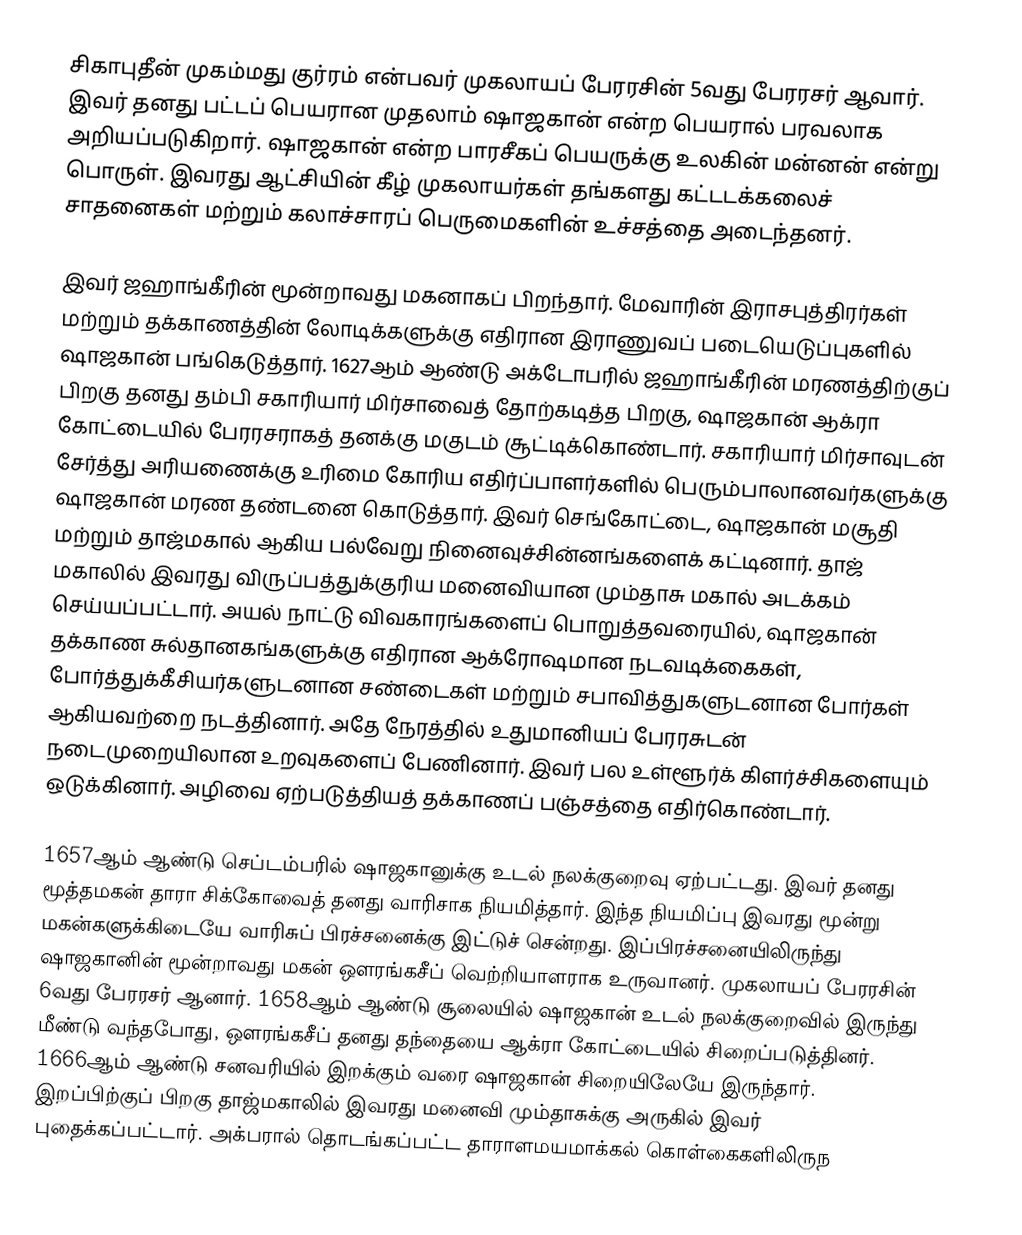
சிகாபுதீன் முகம்மது குர்ரம் என்பவர் முகலாயப் பேரரசின் 5வது பேரரசர் ஆவார். இவர் தனது பட்டப் பெயரான முதலாம் ஷாஜகான் என்ற பெயரால் பரவலாக அறியப்படுகிறார். ஷாஜகான் என்ற பாரசீகப் பெயருக்கு உலகின் மன்னன் என்று பொருள். இவரது ஆட்சியின் கீழ் முகலாயர்கள் தங்களது கட்டடக்கலைச் சாதனைகள் மற்றும் கலாச்சாரப் பெருமைகளின் உச்சத்தை அடைந்தனர்.

இவர் ஜஹாங்கீரின் மூன்றாவது மகனாகப் பிறந்தார். மேவாரின் இராசபுத்திரர்கள் மற்றும் தக்காணத்தின் லோடிக்களுக்கு எதிரான இராணுவப் படையெடுப்புகளில் ஷாஜகான் பங்கெடுத்தார். 1627ஆம் ஆண்டு அக்டோபரில் ஜஹாங்கீரின் மரணத்திற்குப் பிறகு தனது தம்பி சகாரியார் மிர்சாவைத் தோற்கடித்த பிறகு, ஷாஜகான் ஆக்ரா கோட்டையில் பேரரசராகத் தனக்கு மகுடம் சூட்டிக்கொண்டார். சகாரியார் மிர்சாவுடன் சேர்த்து அரியணைக்கு உரிமை கோரிய எதிர்ப்பாளர்களில் பெரும்பாலானவர்களுக்கு ஷாஜகான் மரண தண்டனை கொடுத்தார். இவர் செங்கோட்டை, ஷாஜகான் மசூதி மற்றும் தாஜ்மகால் ஆகிய பல்வேறு நினைவுச்சின்னங்களைக் கட்டினார். தாஜ் மகாலில் இவரது விருப்பத்துக்குரிய மனைவியான மும்தாசு மகால் அடக்கம் செய்யப்பட்டார். அயல் நாட்டு விவகாரங்களைப் பொறுத்தவரையில், ஷாஜகான் தக்காண சுல்தானகங்களுக்கு எதிரான ஆக்ரோஷமான நடவடிக்கைகள், போர்த்துக்கீசியர்களுடனான சண்டைகள் மற்றும் சபாவித்துகளுடனான போர்கள் ஆகியவற்றை நடத்தினார். அதே நேரத்தில் உதுமானியப் பேரரசுடன் நடைமுறையிலான உறவுகளைப் பேணினார். இவர் பல உள்ளூர்க் கிளர்ச்சிகளையும் ஒடுக்கினார். அழிவை ஏற்படுத்தியத் தக்காணப் பஞ்சத்தை எதிர்கொண்டார்.

1657ஆம் ஆண்டு செப்டம்பரில் ஷாஜகானுக்கு உடல் நலக்குறைவு ஏற்பட்டது. இவர் தனது மூத்தமகன் தாரா சிக்கோவைத் தனது வாரிசாக நியமித்தார். இந்த நியமிப்பு இவரது மூன்று மகன்களுக்கிடையே வாரிசுப் பிரச்சனைக்கு இட்டுச் சென்றது. இப்பிரச்சனையிலிருந்து ஷாஜகானின் மூன்றாவது மகன் ஔரங்கசீப் வெற்றியாளராக உருவானர். முகலாயப் பேரரசின் 6வது பேரரசர் ஆனார். 1658ஆம் ஆண்டு சூலையில் ஷாஜகான் உடல் நலக்குறைவில் இருந்து மீண்டு வந்தபோது, ஔரங்கசீப் தனது தந்தையை ஆக்ரா கோட்டையில் சிறைப்படுத்தினர். 1666ஆம் ஆண்டு சனவரியில் இறக்கும் வரை ஷாஜகான் சிறையிலேயே இருந்தார். இறப்பிற்குப் பிறகு தாஜ்மகாலில் இவரது மனைவி மும்தாசுக்கு அருகில் இவர் புதைக்கப்பட்டார். அக்பரால் தொடங்கப்பட்ட தாராளமயமாக்கல் கொள்கைகளிலிருந